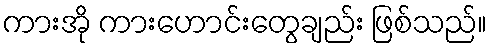
ကားအို ကားဟောင်းတွေချည်း ဖြစ်သည်။